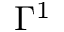
\Gamma ^ { 1 }